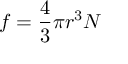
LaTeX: f = { \frac { 4 } { 3 } } \pi r ^ { 3 } N \,